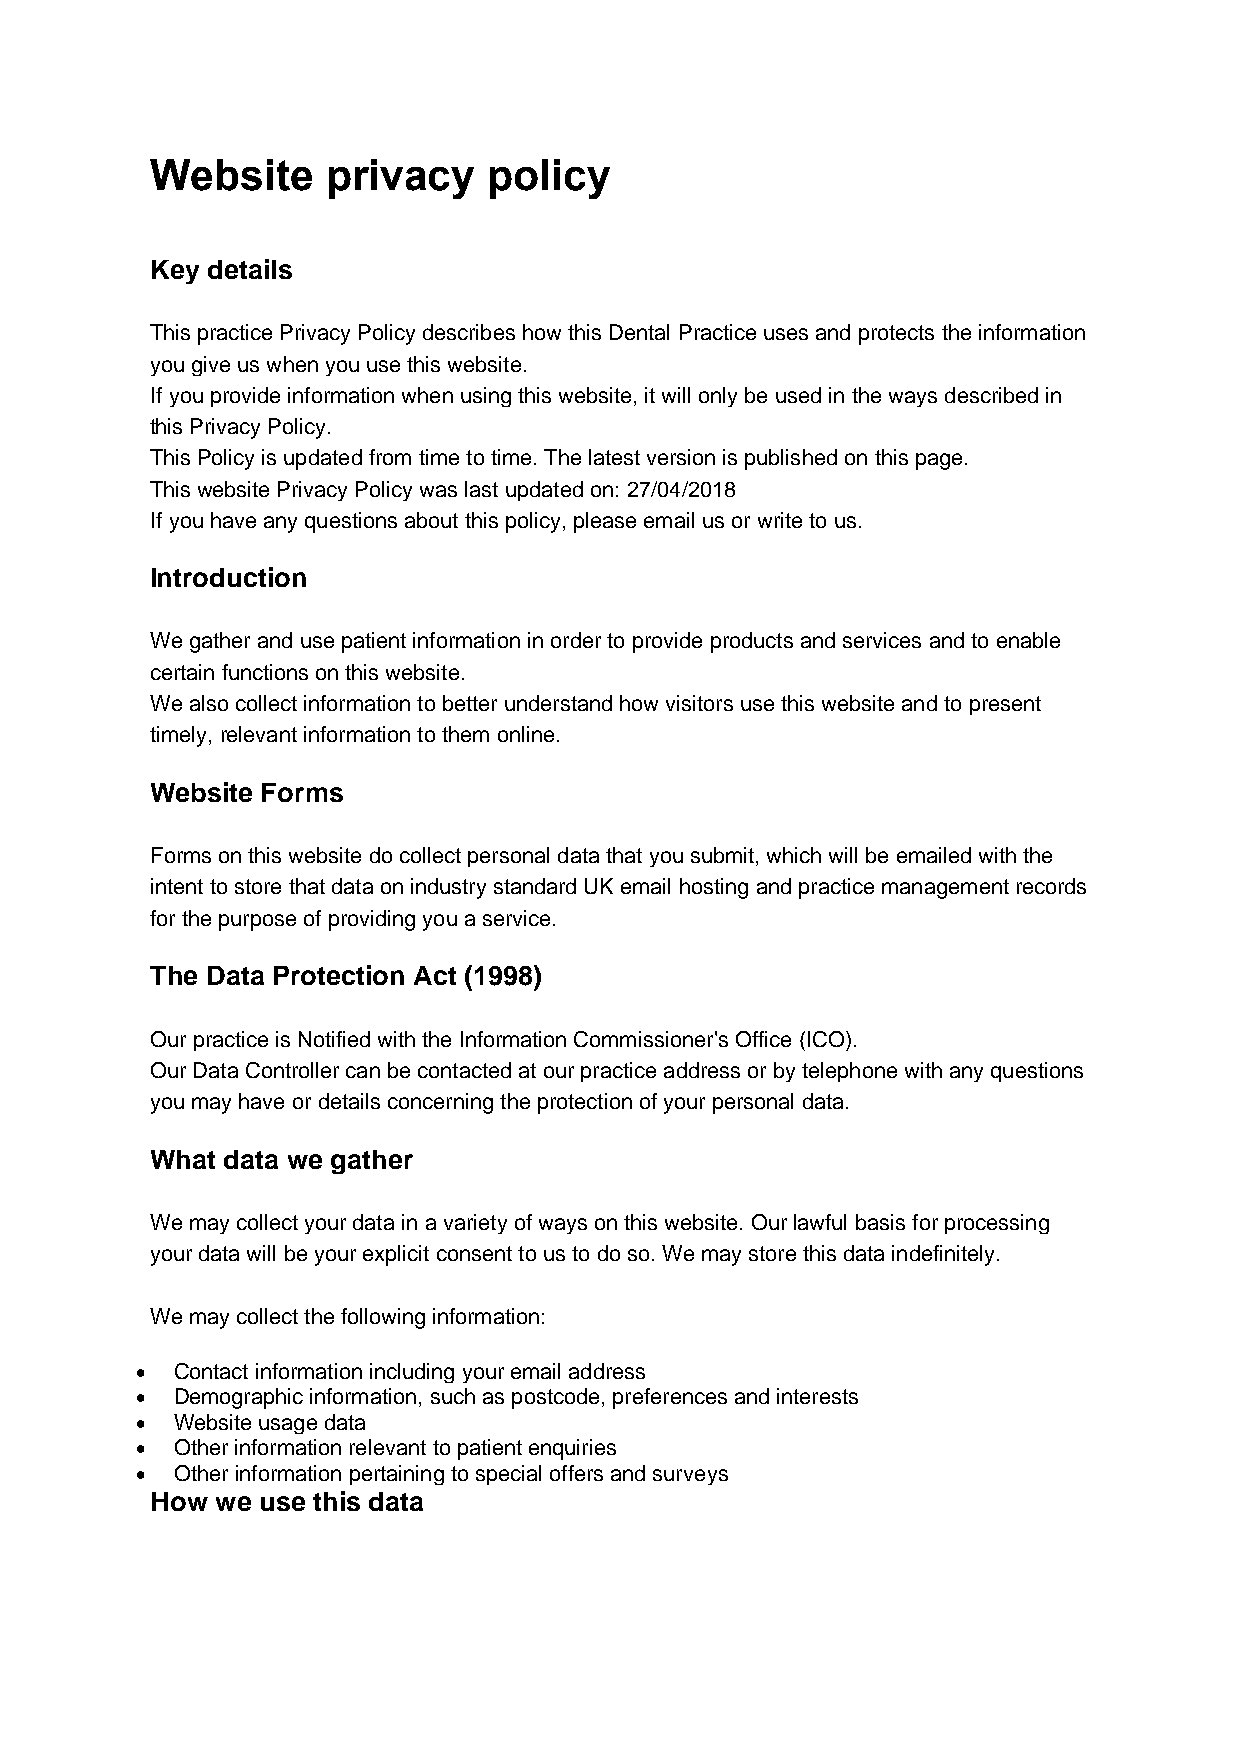
Website     privacy   policy
 Key details
 This practice Privacy Policy describes how this Dental Practice uses and protects the information
 you give us when you use this website.
 If you provide information when using this website, it will only be used in the ways described in
 this Privacy Policy.
 This Policy is updated from time to time. The latest version is published on this page.
 This website Privacy Policy was last updated on: 27/04/2018
 If you have any questions about this policy, please email us or write to us.
 Introduction
 We gather and use patient information in order to provide products and services and to enable
 certain functions on this website.
 We also collect information to better understand how visitors use this website and to present
 timely, relevant information to them online.
 Website Forms
 Forms on this website do collect personal data that you submit, which will be emailed with the
 intent to store that data on industry standard UK email hosting and practice management records
 for the purpose of providing you a service.
 The Data Protection Act (1998)
 Our practice is Notified with the Information Commissioner's Office (ICO).
 Our Data Controller can be contacted at our practice address or by telephone with any questions
 you may have or details concerning the protection of your personal data.
 What data we gather
 We may collect your data in a variety of ways on this website. Our lawful basis for processing
 your data will be your explicit consent to us to do so. We may store this data indefinitely.
 We may collect the following information:
 • Contact information including your email address
 • Demographic information, such as postcode, preferences and interests
 • Website usage data
 • Other information relevant to patient enquiries
 • Other information pertaining to special offers and surveys
 How we use this data